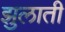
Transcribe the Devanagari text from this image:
झुलाती